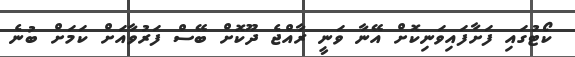
ކޯޓުގައި ފަށާފައިވަނިކޮށް އޭނާ ވަނީ ރާއްޖެ ދޫކޮށް ބޭސް ފަރުވާއަށް ކަމަށް ބުނެ